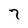
Character: 7